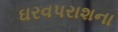
ઘરવપરાશના